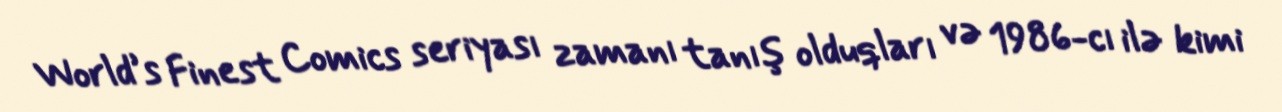
World’s Finest Comics seriyası zamanı tanış olduqları və 1986-cı ilə kimi